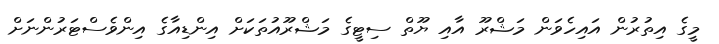
މީގެ އިތުރުން އައިހެވަން މަޝްރޫ އާއި ޔޫތް ސިޓީގެ މަޝްރޫއުތަކަށް އިންޑިއާގެ އިންވެސްޓަރުންނަށް